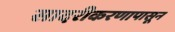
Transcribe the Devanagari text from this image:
सादरीकरणापासून